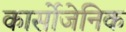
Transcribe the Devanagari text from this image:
कार्सोजेनिक